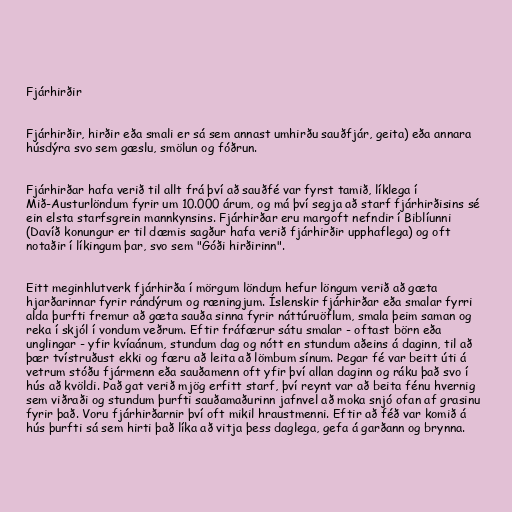
Fjárhirðir

Fjárhirðir, hirðir eða smali er sá sem annast umhirðu sauðfjár, geita) eða annara
húsdýra svo sem gæslu, smölun og fóðrun.

Fjárhirðar hafa verið til allt frá því að sauðfé var fyrst tamið, líklega í
Mið-Austurlöndum fyrir um 10.000 árum, og má því segja að starf fjárhirðisins sé
ein elsta starfsgrein mannkynsins. Fjárhirðar eru margoft nefndir í Biblíunni
(Davíð konungur er til dæmis sagður hafa verið fjárhirðir upphaflega) og oft
notaðir í líkingum þar, svo sem "Góði hirðirinn".

Eitt meginhlutverk fjárhirða í mörgum löndum hefur löngum verið að gæta
hjarðarinnar fyrir rándýrum og ræningjum. Íslenskir fjárhirðar eða smalar fyrri
alda þurfti fremur að gæta sauða sinna fyrir náttúruöflum, smala þeim saman og
reka í skjól í vondum veðrum. Eftir fráfærur sátu smalar - oftast börn eða
unglingar - yfir kvíaánum, stundum dag og nótt en stundum aðeins á daginn, til að
þær tvístruðust ekki og færu að leita að lömbum sínum. Þegar fé var beitt úti á
vetrum stóðu fjármenn eða sauðamenn oft yfir því allan daginn og ráku það svo í
hús að kvöldi. Það gat verið mjög erfitt starf, því reynt var að beita fénu hvernig
sem viðraði og stundum þurfti sauðamaðurinn jafnvel að moka snjó ofan af grasinu
fyrir það. Voru fjárhirðarnir því oft mikil hraustmenni. Eftir að féð var komið á
hús þurfti sá sem hirti það líka að vitja þess daglega, gefa á garðann og brynna.